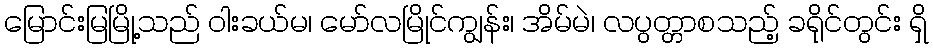
မြောင်းမြမြို့သည် ဝါးခယ်မ၊ မော်လမြိုင်ကျွန်း၊ အိမ်မဲ၊ လပွတ္တာစသည့် ခရိုင်တွင်း ရှိ